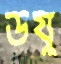
উযু